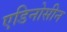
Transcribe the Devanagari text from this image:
एडिनोसीन